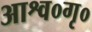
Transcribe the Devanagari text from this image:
आश्व०गृ०